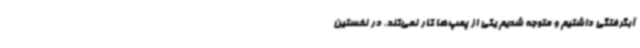
آبگرفتگی داشتیم و متوجه شدیم یکی از پمپ‌ها کار نمی‌کند. در نخستین